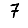
Digit: 7